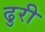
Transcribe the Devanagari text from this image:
ढुरी